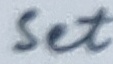
Text: Set